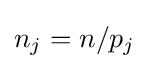
n_{j}=n/p_{j}